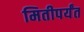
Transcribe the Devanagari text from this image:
मितीपर्यंत